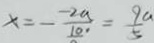
x = - \frac { - 2 a } { 1 0 } = \frac { 9 a } { 5 }